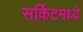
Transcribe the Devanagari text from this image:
सर्किटमध्ये